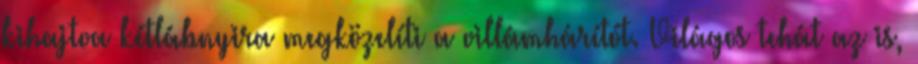
kihajtva kétlábnyira megközelíti a villámhárítót. Világos tehát az is,